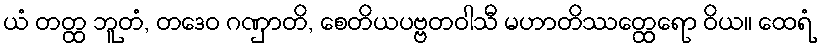
ယံ တတ္ထ ဘူတံ, တဒေဝ ဂဏှာတိ, စေတိယပဗ္ဗတဝါသီ မဟာတိဿတ္ထေရော ဝိယ။ ထေရံ